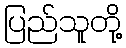
ပြည်သူတို့